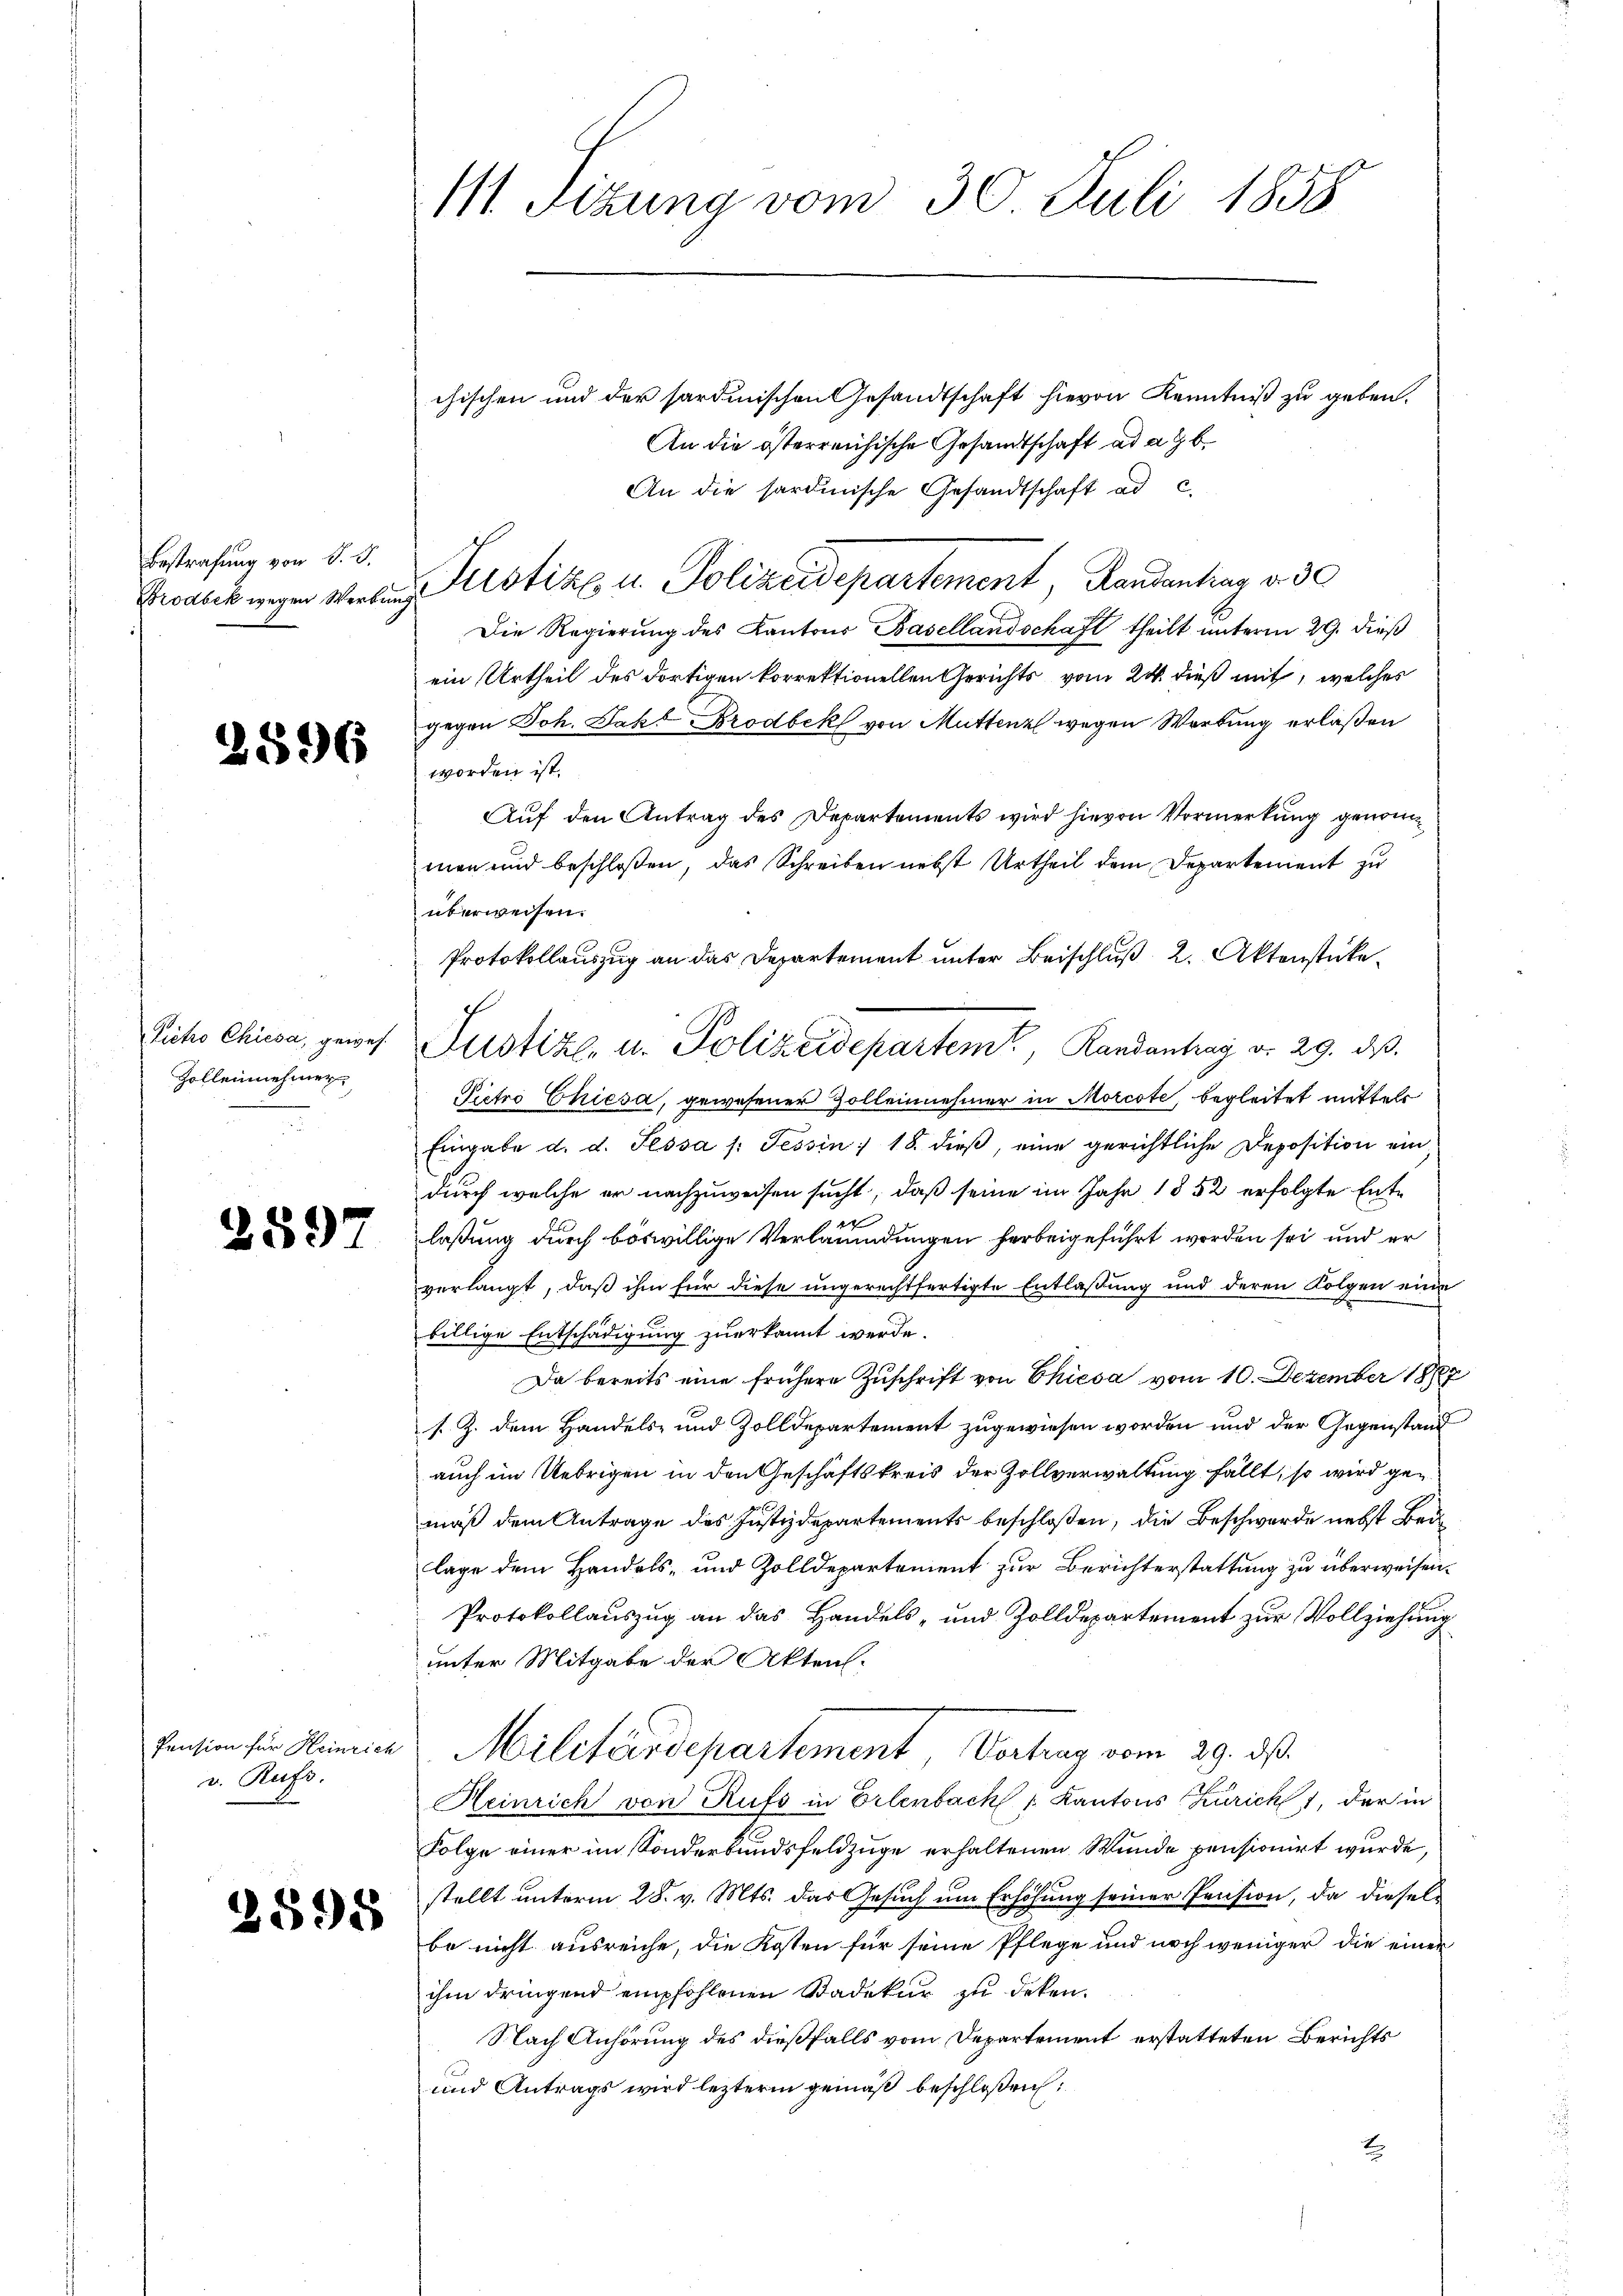
Bestrafung von d. d.

2596

Zollennehmer

2897

Pension für Heinrich
v. Rufs.

2598

chischen und der sardinischen Gesandtschaft hievon Kenntniß zu geben.
An die österreichische Gesandtschaft ad a. b.
An die sardinische Gesandtschaft ad c.
Ewankungen verlang Sistik u. Polizeidepartement, Randantrag a 30
Die Regierung des Kantons Basellandschaft theilt unterm 29. dieß
ein Urtheil des dortigen korrektionellen Gerichts vom 24. dieß mit, welches
gegen Joh. Jako Brodbek von Muttenz wegen Werbung erlaßen
worden ist.
Auf den Antrag des Departements wird hievon Vormerkung genommen und beschloßen, das Schreiben nebst Urtheil dem Departement zu
überweisen.
Protokollauszug an das Departement unter Beischluß 2. Aktenstücke¬
Pietro Chiesa, gewesener Zolleinehmer in Morcote, begleitet mittels
Eingabe d. d. Sessa /: Tessin 18. dieβ, eine gerichtliche Deposition ein
durch welche er nachzuweisen sucht, daß seine im Jahr 1852 erfolgte Entx
laßung durch böswillige Verlanindungen herbeigeführt worden sei und er
verlangt, daß ihm für diese ungerechtfertigte Entlassung und deren Folgen eine
billige Entschädigung zuerkannt werde.
Da bereits eine frühere Zuschrift von Chiesa vom 10. Dezember 1887
s. Z. dem Handels- und Zolldepartement zugewiesen worden und der Gegenstand
auch im Uebrigen in den Geschäftskreis der Zollverwaltung fällt, so wird gemäß dem Antrage des Justizdepartements beschloßen, die Beschwerde nebst Bei
lage dem Handels- und Zolldepartement zur Berichterstattung zu überweisen¬
Protokollauszug an das Handels- und Zolldepartement zur Vollziehung
unter Mitgabe der Akten.
Militärdepartement, Vertrag vom 29. ds.
Heinrich von Rufs in Erlenbach Kantons Züricht, der in
Folge einer im Sonderbundsfeldzüge erhaltenen Wunde pensionirt wurde,
stellt unterm 28. v. Mts. das Gesuch um Erhöhung seiner Pension, da diesels
be nicht ausreiche, die Kosten für seine Pflege und noch weniger die einer
ihm dringend empfohlenen Stadekur zu deken.
Nach Anhörung des dießfalls vom Departement erstatteten Berichts
und Antrags wird lezterm gemäß beschloßen:
t

111. Sizung vom 30. Juli 1858

Eichs Chiesa, gewes Justiz- u. Polizeidepartem, Randantrag d. 29. ds.